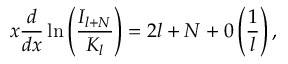
x \displaystyle \frac { d } { d x } \ln \left( \displaystyle \frac { I _ { l + N } } { K _ { l } } \right) = 2 l + N + 0 \left( \displaystyle \frac { 1 } { l } \right) ,